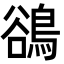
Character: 鵒